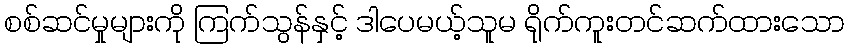
စစ်ဆင်မှုများကို ကြက်သွန်နှင့် ဒါပေမယ့်သူမ ရိုက်ကူးတင်ဆက်ထားသော